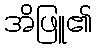
အိဖြူ၏